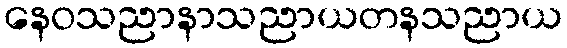
နေဝသညာနာသညာယတနသညာယ